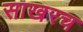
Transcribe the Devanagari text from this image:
साखरच